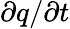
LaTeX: \partial q/\partial t